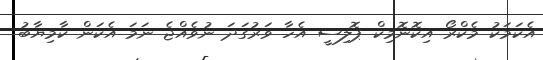
އެކަމަކު މެކްރޯ އިކޮނޮމިކް ޕޮލިސީ އެހާ ވަރުގަދަ ނުވެއްޖެ ނަމަ އެކަން ކާމިޔާބު